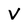
Character: V